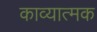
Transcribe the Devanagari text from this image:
काव्‍यात्‍मक